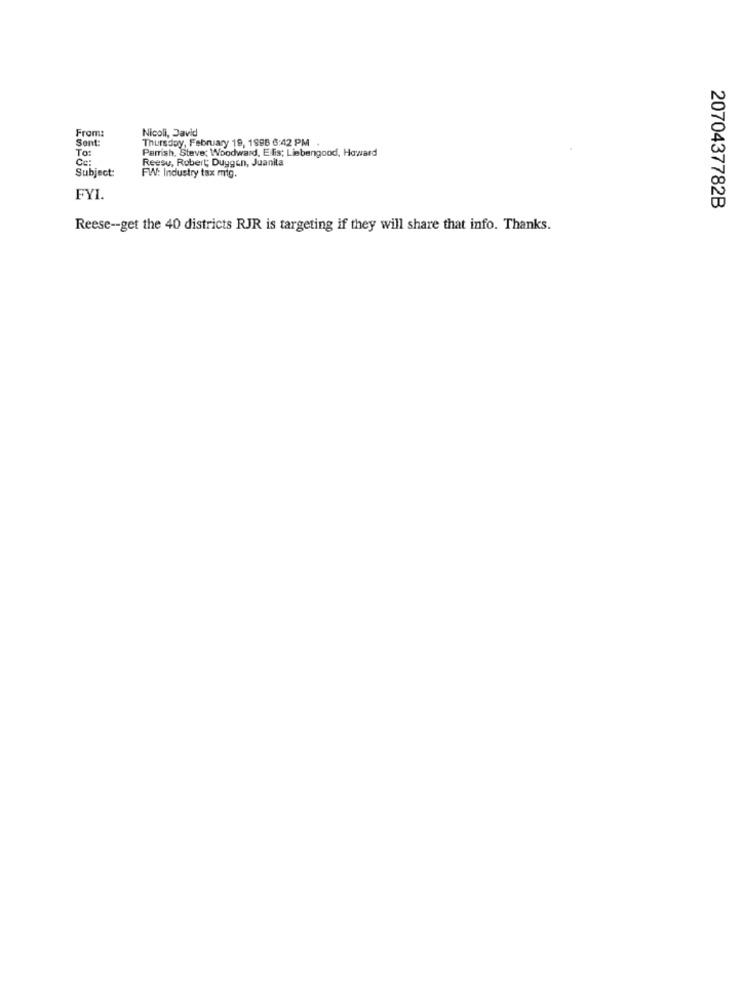
From:
Nicoli, David
Sent:
Thursday, February 19, 1998 6:42 PM
To:
Parrish, Steve; Woodward, Ellis; Liebengood, Howard
Reesu, Robert; Duygen, Juanita
Subject:
Ce:
FW: Industry tax mig.
FYI.
2070437782B
Reese -- get the 40 districts RJR is targeting if they will share that info. Thanks.